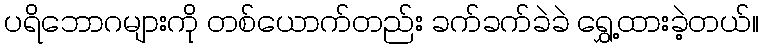
ပရိဘောဂများကို တစ်ယောက်တည်း ခက်ခက်ခဲခဲ ရွှေ့ထားခဲ့တယ်။